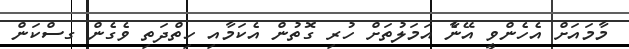
މާމައަށް އެހެންވީ އޭނާެ އަމަލުތަށް ހުރި ގޮތުން އެކަމާއި ހިތްދަތި ވެގެން ގސްކަން